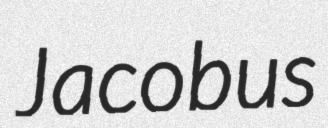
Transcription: Jacobus